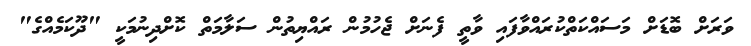
ވަރަށް ބޮޑަށް މަސައްކަތްކުރައްވާފައި ވާތީ ފެނަށް ޖެހުމުން ރައްޔިތުން ސަލާމަތް ކޮށްދިނުމަކީ "ދޫކަމެއްގެ"